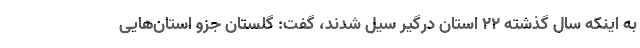
به اینکه سال گذشته ۲۲ استان درگیر سیل شدند، گفت: گلستان جزو استان‌هایی